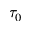
\tau _ { 0 }